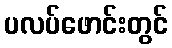
ပလပ်ဖောင်းတွင်